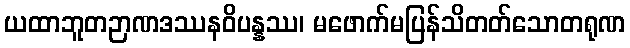
ယထာဘူတဉာဏဒဿနဝိပန္နဿ၊ မဖောက်မပြန်သိတတ်သောတရုဏ